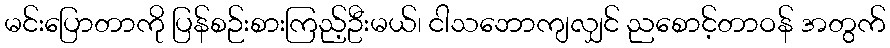
မင်းပြောတာကို ပြန်စဉ်းစားကြည့်ဦးမယ်၊ ငါသဘောကျလျှင် ညစောင့်တာဝန် အတွက်